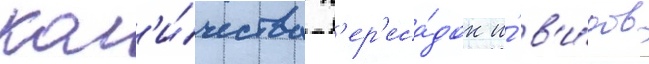
кол'и́чества п'ер'еса́док и́ в'и́дов